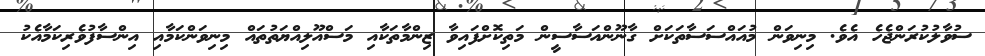
ސުވާލުކުރަންޖެހެ އެވެ. މިނިވަން މުއައްސަސާތަކަށް ގާނޫންއަސާސީން މަތިކޮށްފައިވާ ޒިންމާތަކާއިި މަސްއޫލިއްޔަތުތައް މިނިވަންކަމާއި އިންސާފުވެރިކަމާއެކު